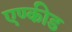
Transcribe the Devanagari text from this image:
एण्कीड